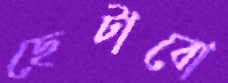
ছেটাবো